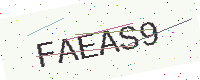
Text: FAEAS9